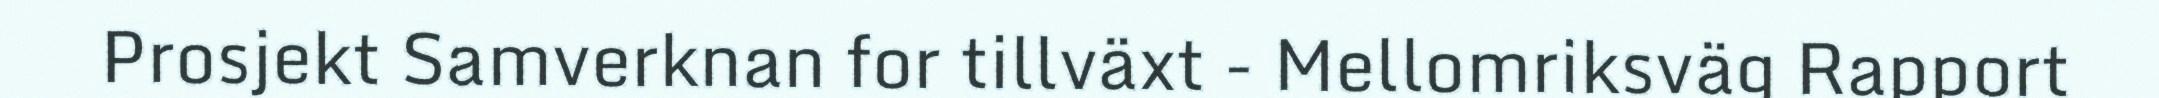
Prosjekt Samverknan for tillväxt - Mellomriksväg Rapport